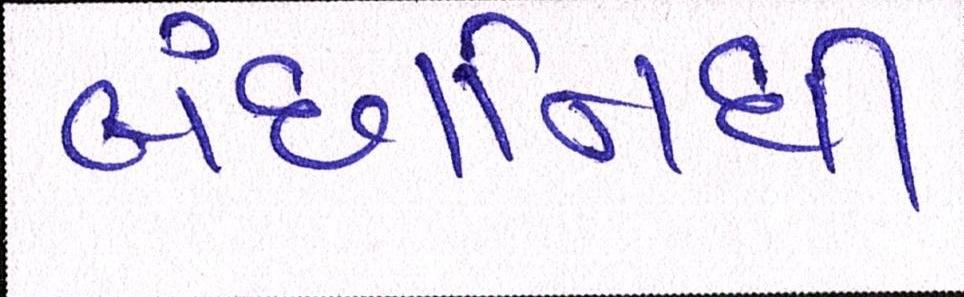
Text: બંછાનિધી